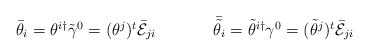
\begin{align*}\begin{array}{cc}\bar{\theta}_{i}=\theta^{i\dagger}\tilde{\gamma}^{0}=(\theta^{j})^{t}\bar{\cal E}_{ji}~~~~&~~~~\bar{\tilde{\theta}}_{i}=\tilde{\theta}^{i\dagger}\gamma^{0}=(\tilde{\theta}^{j})^{t}\bar{\cal E}_{ji}\end{array}\end{align*}